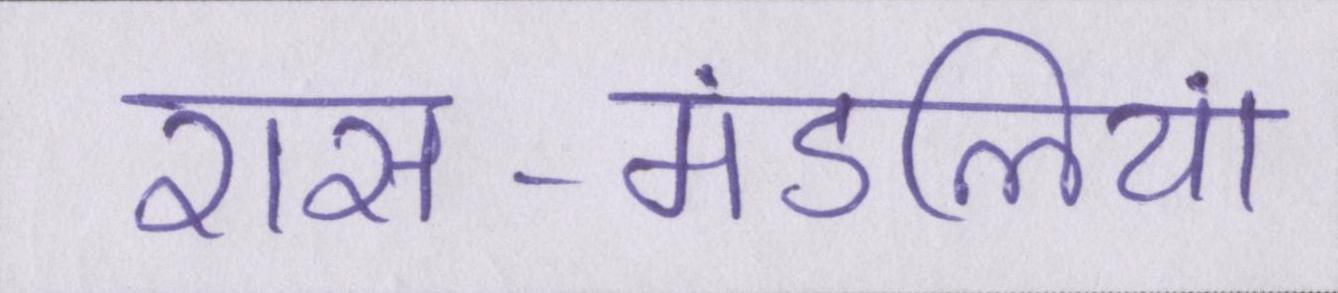
रास-मंडलियां